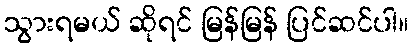
သွားရမယ် ဆိုရင် မြန်မြန် ပြင်ဆင်ပါ။